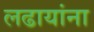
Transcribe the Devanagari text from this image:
लढायांना